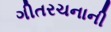
ગીતરચનાની